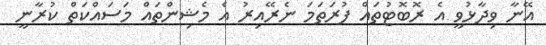
އޭނާ ވިދާޅުވީ އެ ރޮބޮޓުތައް ފުރަތަމަ ނެރޭއިރު އެ މެޝިންތައް މަސައްކަތް ކުރާނީ